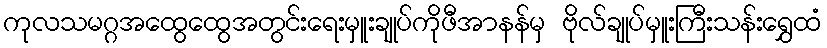
ကုလသမဂ္ဂအထွေထွေအတွင်းရေးမှူးချုပ်ကိုဖီအာနန်မှ ဗိုလ်ချုပ်မှူးကြီးသန်းရွှေထံ